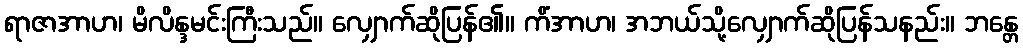
ရာဇာအာဟ၊ မိလိန္ဒမင်းကြီးသည်။ လျှောက်ဆိုပြန်၏။ ကိံအာဟ၊ အဘယ်သို့လျှောက်ဆိုပြန်သနည်း။ ဘန္တေ